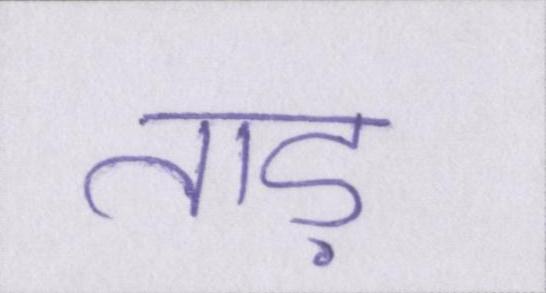
ताड़